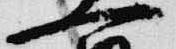
一